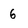
Character: 6